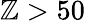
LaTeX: \mathbb{Z}>50